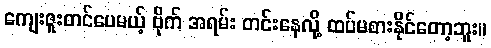
ကျေးဇူးတင်ပေမယ့် ဗိုက် အရမ်း တင်းနေလို့ ထပ်မစားနိုင်တော့ဘူး။